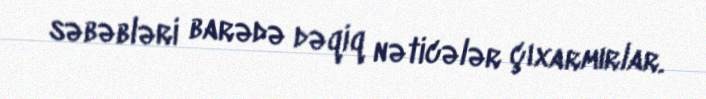
səbəbləri barədə dəqiq nəticələr çıxarmırlar.